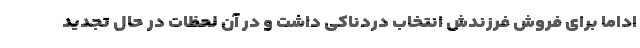
اداما برای فروش فرزندش انتخاب دردناکی داشت و در آن لحظات در حال تجدید